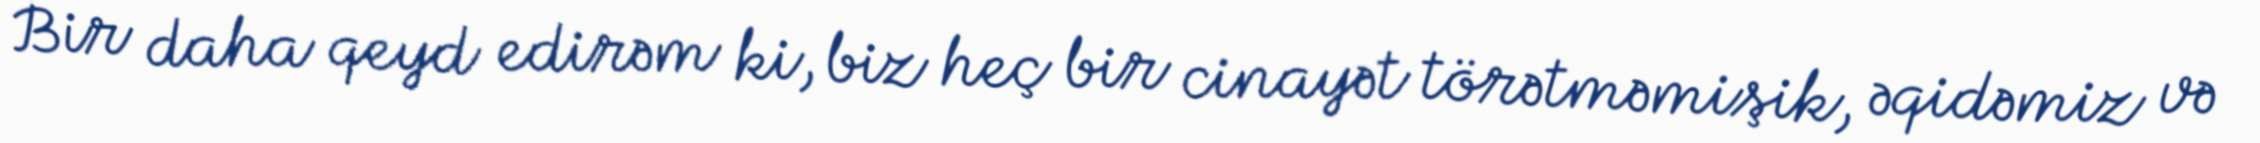
Bir daha qeyd edirəm ki, biz heç bir cinayət törətməmişik, əqidəmiz və